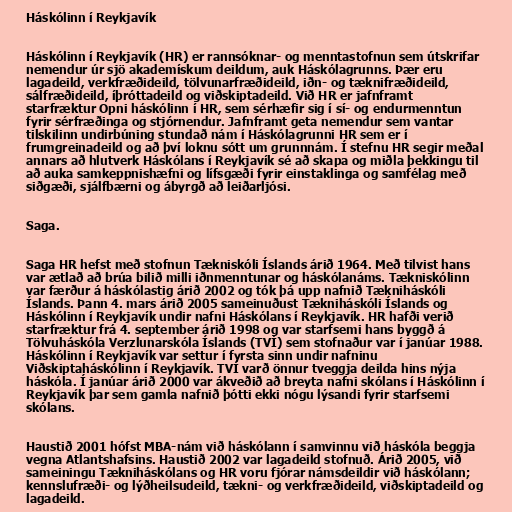
Háskólinn í Reykjavík

Háskólinn í Reykjavík (HR) er rannsóknar- og menntastofnun sem útskrifar
nemendur úr sjö akademískum deildum, auk Háskólagrunns. Þær eru
lagadeild, verkfræðideild, tölvunarfræðideild, iðn- og tæknifræðideild,
sálfræðideild, íþróttadeild og viðskiptadeild. Við HR er jafnframt
starfræktur Opni háskólinn í HR, sem sérhæfir sig í sí- og endurmenntun
fyrir sérfræðinga og stjórnendur. Jafnframt geta nemendur sem vantar
tilskilinn undirbúning stundað nám í Háskólagrunni HR sem er í
frumgreinadeild og að því loknu sótt um grunnnám. Í stefnu HR segir meðal
annars að hlutverk Háskólans í Reykjavík sé að skapa og miðla þekkingu til
að auka samkeppnishæfni og lífsgæði fyrir einstaklinga og samfélag með
siðgæði, sjálfbærni og ábyrgð að leiðarljósi.

Saga.

Saga HR hefst með stofnun Tækniskóli Íslands árið 1964. Með tilvist hans
var ætlað að brúa bilið milli iðnmenntunar og háskólanáms. Tækniskólinn
var færður á háskólastig árið 2002 og tók þá upp nafnið Tækniháskóli
Íslands. Þann 4. mars árið 2005 sameinuðust Tækniháskóli Íslands og
Háskólinn í Reykjavík undir nafni Háskólans í Reykjavík. HR hafði verið
starfræktur frá 4. september árið 1998 og var starfsemi hans byggð á
Tölvuháskóla Verzlunarskóla Íslands (TVÍ) sem stofnaður var í janúar 1988.
Háskólinn í Reykjavík var settur í fyrsta sinn undir nafninu
Viðskiptaháskólinn í Reykjavík. TVÍ varð önnur tveggja deilda hins nýja
háskóla. Í janúar árið 2000 var ákveðið að breyta nafni skólans í Háskólinn í
Reykjavík þar sem gamla nafnið þótti ekki nógu lýsandi fyrir starfsemi
skólans.

Haustið 2001 hófst MBA-nám við háskólann í samvinnu við háskóla beggja
vegna Atlantshafsins. Haustið 2002 var lagadeild stofnuð. Árið 2005, við
sameiningu Tækniháskólans og HR voru fjórar námsdeildir við háskólann;
kennslufræði- og lýðheilsudeild, tækni- og verkfræðideild, viðskiptadeild og
lagadeild.